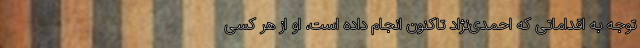
توجه به اقداماتی که احمدی‌نژاد تاکنون انجام داده است، او از هر کسی